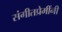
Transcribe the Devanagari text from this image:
संगीतप्रेमींनी